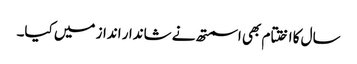
سال کا اختتام بھی اسمتھ نے شاندار انداز میں کیا۔